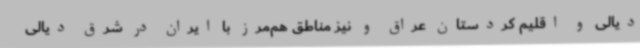
دیالی و اقلیم کردستان عراق و نیز مناطق هم‌مرز با ایران در شرق دیالی